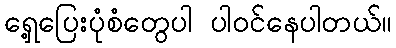
ရှေ့ပြေးပုံစံတွေပါ ပါဝင်နေပါတယ်။